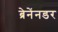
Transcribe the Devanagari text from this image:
ब्रेनेंनडर